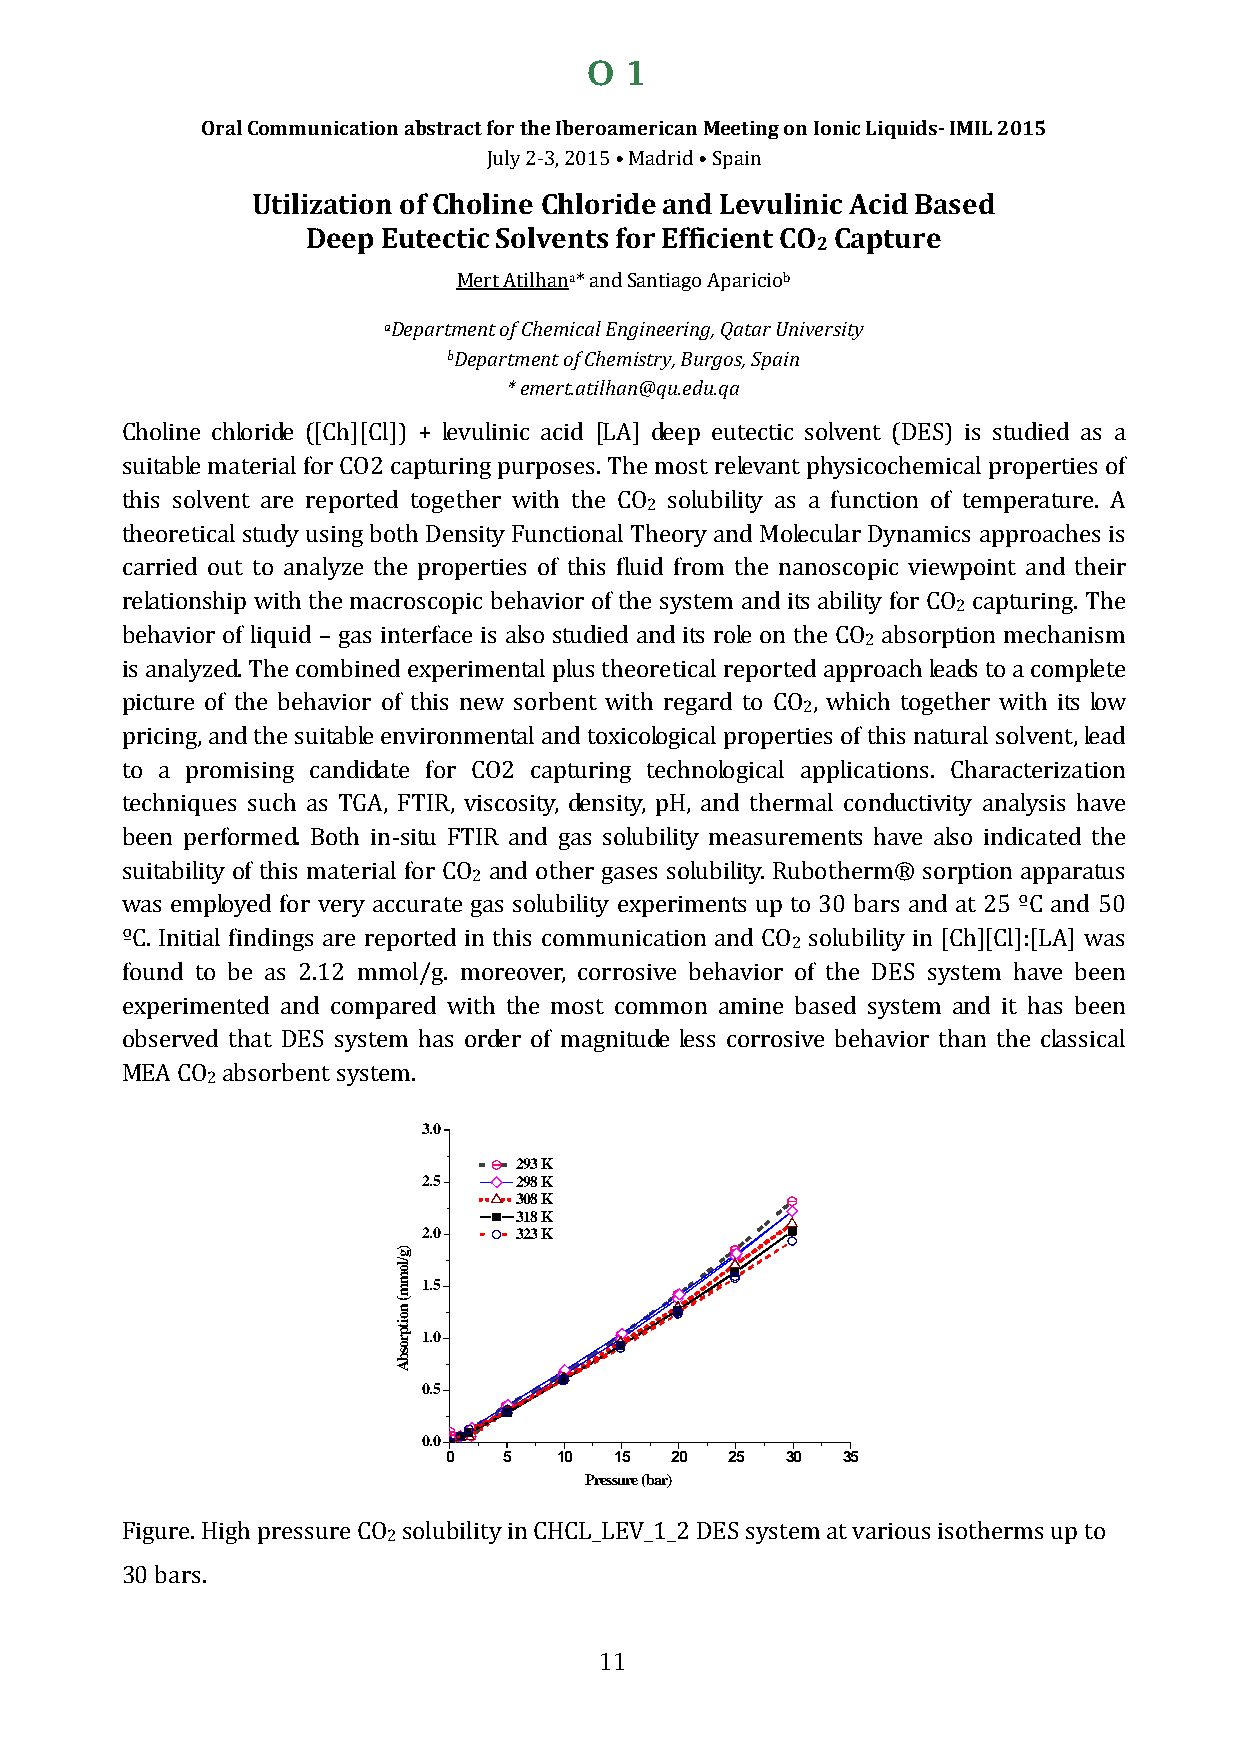
O 1
 Oral Communication abstract for the Iberoamerican Meeting on Ionic Liquids- IMIL 2015
 Utilization of CholJiunlye 2 -C3,h 2l0o15r i•d Mead arind d• S Lpaeinv ulinic Acid Based
 Deep Eutectic Solvents for Efficient CO Capture
 2
 a             b
 aDepartmMeenrtt oAf tCilhheamni*c aaln Edn Sgainneteiarginog A, Qpaartiacri oUn iversity
 bDepartment of Chemistry, Burgos, Spain
 * emert.atilhan@qu.edu.qa
 Choline chloride ([Ch][Cl]) + levulinic acid [LA] deep eutectic solvent (DES) is studied as a
 suitable material for CO2 capturing purposes. The most relevant physicochemical properties of
 2
 this solvent are reported together with the CO solubility as a function of temperature. A
 theoretical study using both Density Functional Theory and Molecular Dynamics approaches is
 carried out to analyze the properties of this fluid from the nanoscopic viewpoint and their
 2
 relationship with the macroscopic behavior of the system and its ability for CO capturing. The
 2
 behavior of liquid – gas interface is also studied and its role on the CO absorption mechanism
 is analyzed. The combined experimental plus theoretical reported approach leads to a complete
 2
 picture of the behavior of this new sorbent with regard to CO , which together with its low
 pricing, and the suitable environmental and toxicological properties of this natural solvent, lead
 to a promising candidate for CO2 capturing technological applications. Characterization
 techniques such as TGA, FTIR, viscosity, density, pH, and thermal conductivity analysis have
 been performed. Both in-situ FTIR and gas solubility measurements have also indicated the
 2
 suitability of this material for CO and other gases solubility. Rubotherm® sorption apparatus
 was employed for very accurate gas solubility experiments up to 30 bars and at 25 ºC and 50
 2
 ºC. Initial findings are reported in this communication and CO solubility in [Ch][Cl]:[LA] was
 found to be as 2.12 mmol/g. moreover, corrosive behavior of the DES system have been
 experimented and compared with the most common amine based system and it has been
 observed that DES system has order of magnitude less corrosive behavior than the classical
 2
 MEA CO absorbent system. 3.0
 293 K
 2.5   298 K
 308 K
 318 K
 2.0   323 K
 1.5
 1.0
 0.5
 0.0
 0  5   10  15 20  25  30  35
 Pressure (bar)
 2
 Figure. High pressure CO solubility in CHCL_LEV_1_2 DES system at various isotherms up to
 30 bars.
 11
 )g/lomm(
 noitprosbA